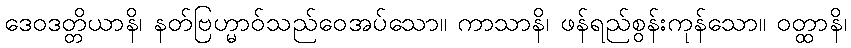
ဒေဝဒတ္တိယာနိ၊ နတ်ဗြဟ္မာဝ်သည်ဝေအပ်သော။ ကာသာနိ၊ ဖန်ရည်စွန်းကုန်သော။ ဝတ္ထာနိ၊